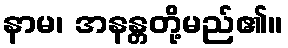
နာမ၊ အနန္တတို့မည်၏။